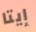
إيتا